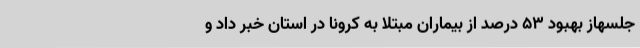
جلسهاز بهبود 53 درصد از بیماران مبتلا به کرونا در استان خبر داد و